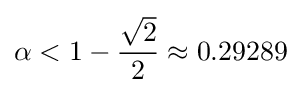
\alpha <1-{\frac {\sqrt {2}}{2}}\approx 0.29289